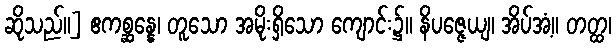
ဆိုသည်။] ဧကစ္ဆန္နေ၊ တူသော အမိုးရှိသော ကျောင်း၌။ နိပဇ္ဇေယျ၊ အိပ်အံ့။ တတ္ထ၊